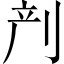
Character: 𱐙